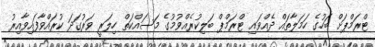
ޓްރަމްޕަށް ބަހުގެ ހަމަލާތައް ދެއްވައި ޓްރަމްޕް ބަލިކުރެއްވުމުގެ މަސައްކަތް ހިލަރީ ވަރުގަދަ ކުރައްވާފައިވާއިރު